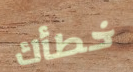
خطأك